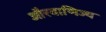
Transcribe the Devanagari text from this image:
औरवाणिज्य